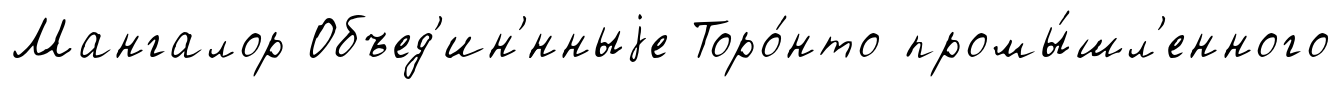
Мангалор Объед'ин'́нныjе Торо́нто промы́шл'енного